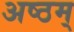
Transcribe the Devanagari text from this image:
अष्ठम्‌